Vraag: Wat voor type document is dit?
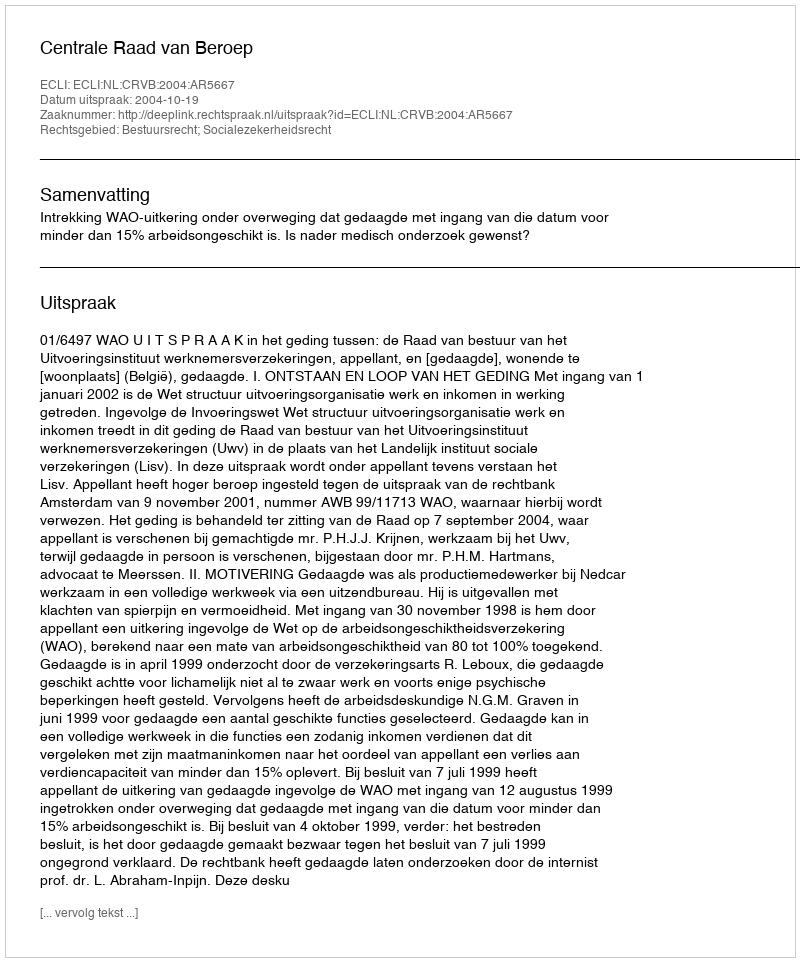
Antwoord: Uitspraak